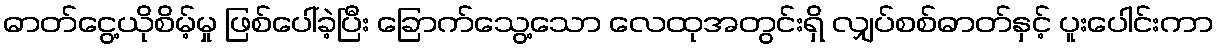
ဓာတ်ငွေ့ယိုစိမ့်မှု ဖြစ်ပေါ်ခဲ့ပြီး ခြောက်သွေ့သော လေထုအတွင်းရှိ လျှပ်စစ်ဓာတ်နှင့် ပူးပေါင်းကာ